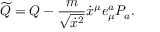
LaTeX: \widetilde Q = Q - { \frac { m } { \sqrt { \dot { x } ^ { 2 } } } } \dot { x } ^ { \mu } e _ { \mu } ^ { a } P _ { a } .